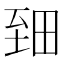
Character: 𱼪